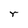
Character: r